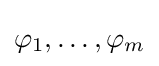
\varphi _{1},\dots ,\varphi _{m}